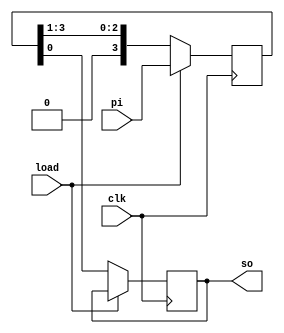
`timescale 1ns/1ps
//piso
module piso(clk,pi,load,so);
input clk, load; 
input [3:0] pi;
output reg so; 
reg [3:0] tmp;
always @(posedge clk)
begin
if(load)
tmp<=pi;
else
begin
so<=tmp[0]; 
tmp<={1'b0,tmp[3:1]};
end
end
endmodule

module piso_tb;
reg clk_tb;
reg [3:0] pi_tb=4'b1101;
wire so_tb;
reg load_tb;
piso U(.clk(clk_tb),
.pi(pi_tb),
.so(so_tb),
.load(load_tb));
initial
begin
clk_tb=0; load_tb=1;
#10;
load_tb=0;
end
always	#5 clk_tb=~clk_tb;
endmodule